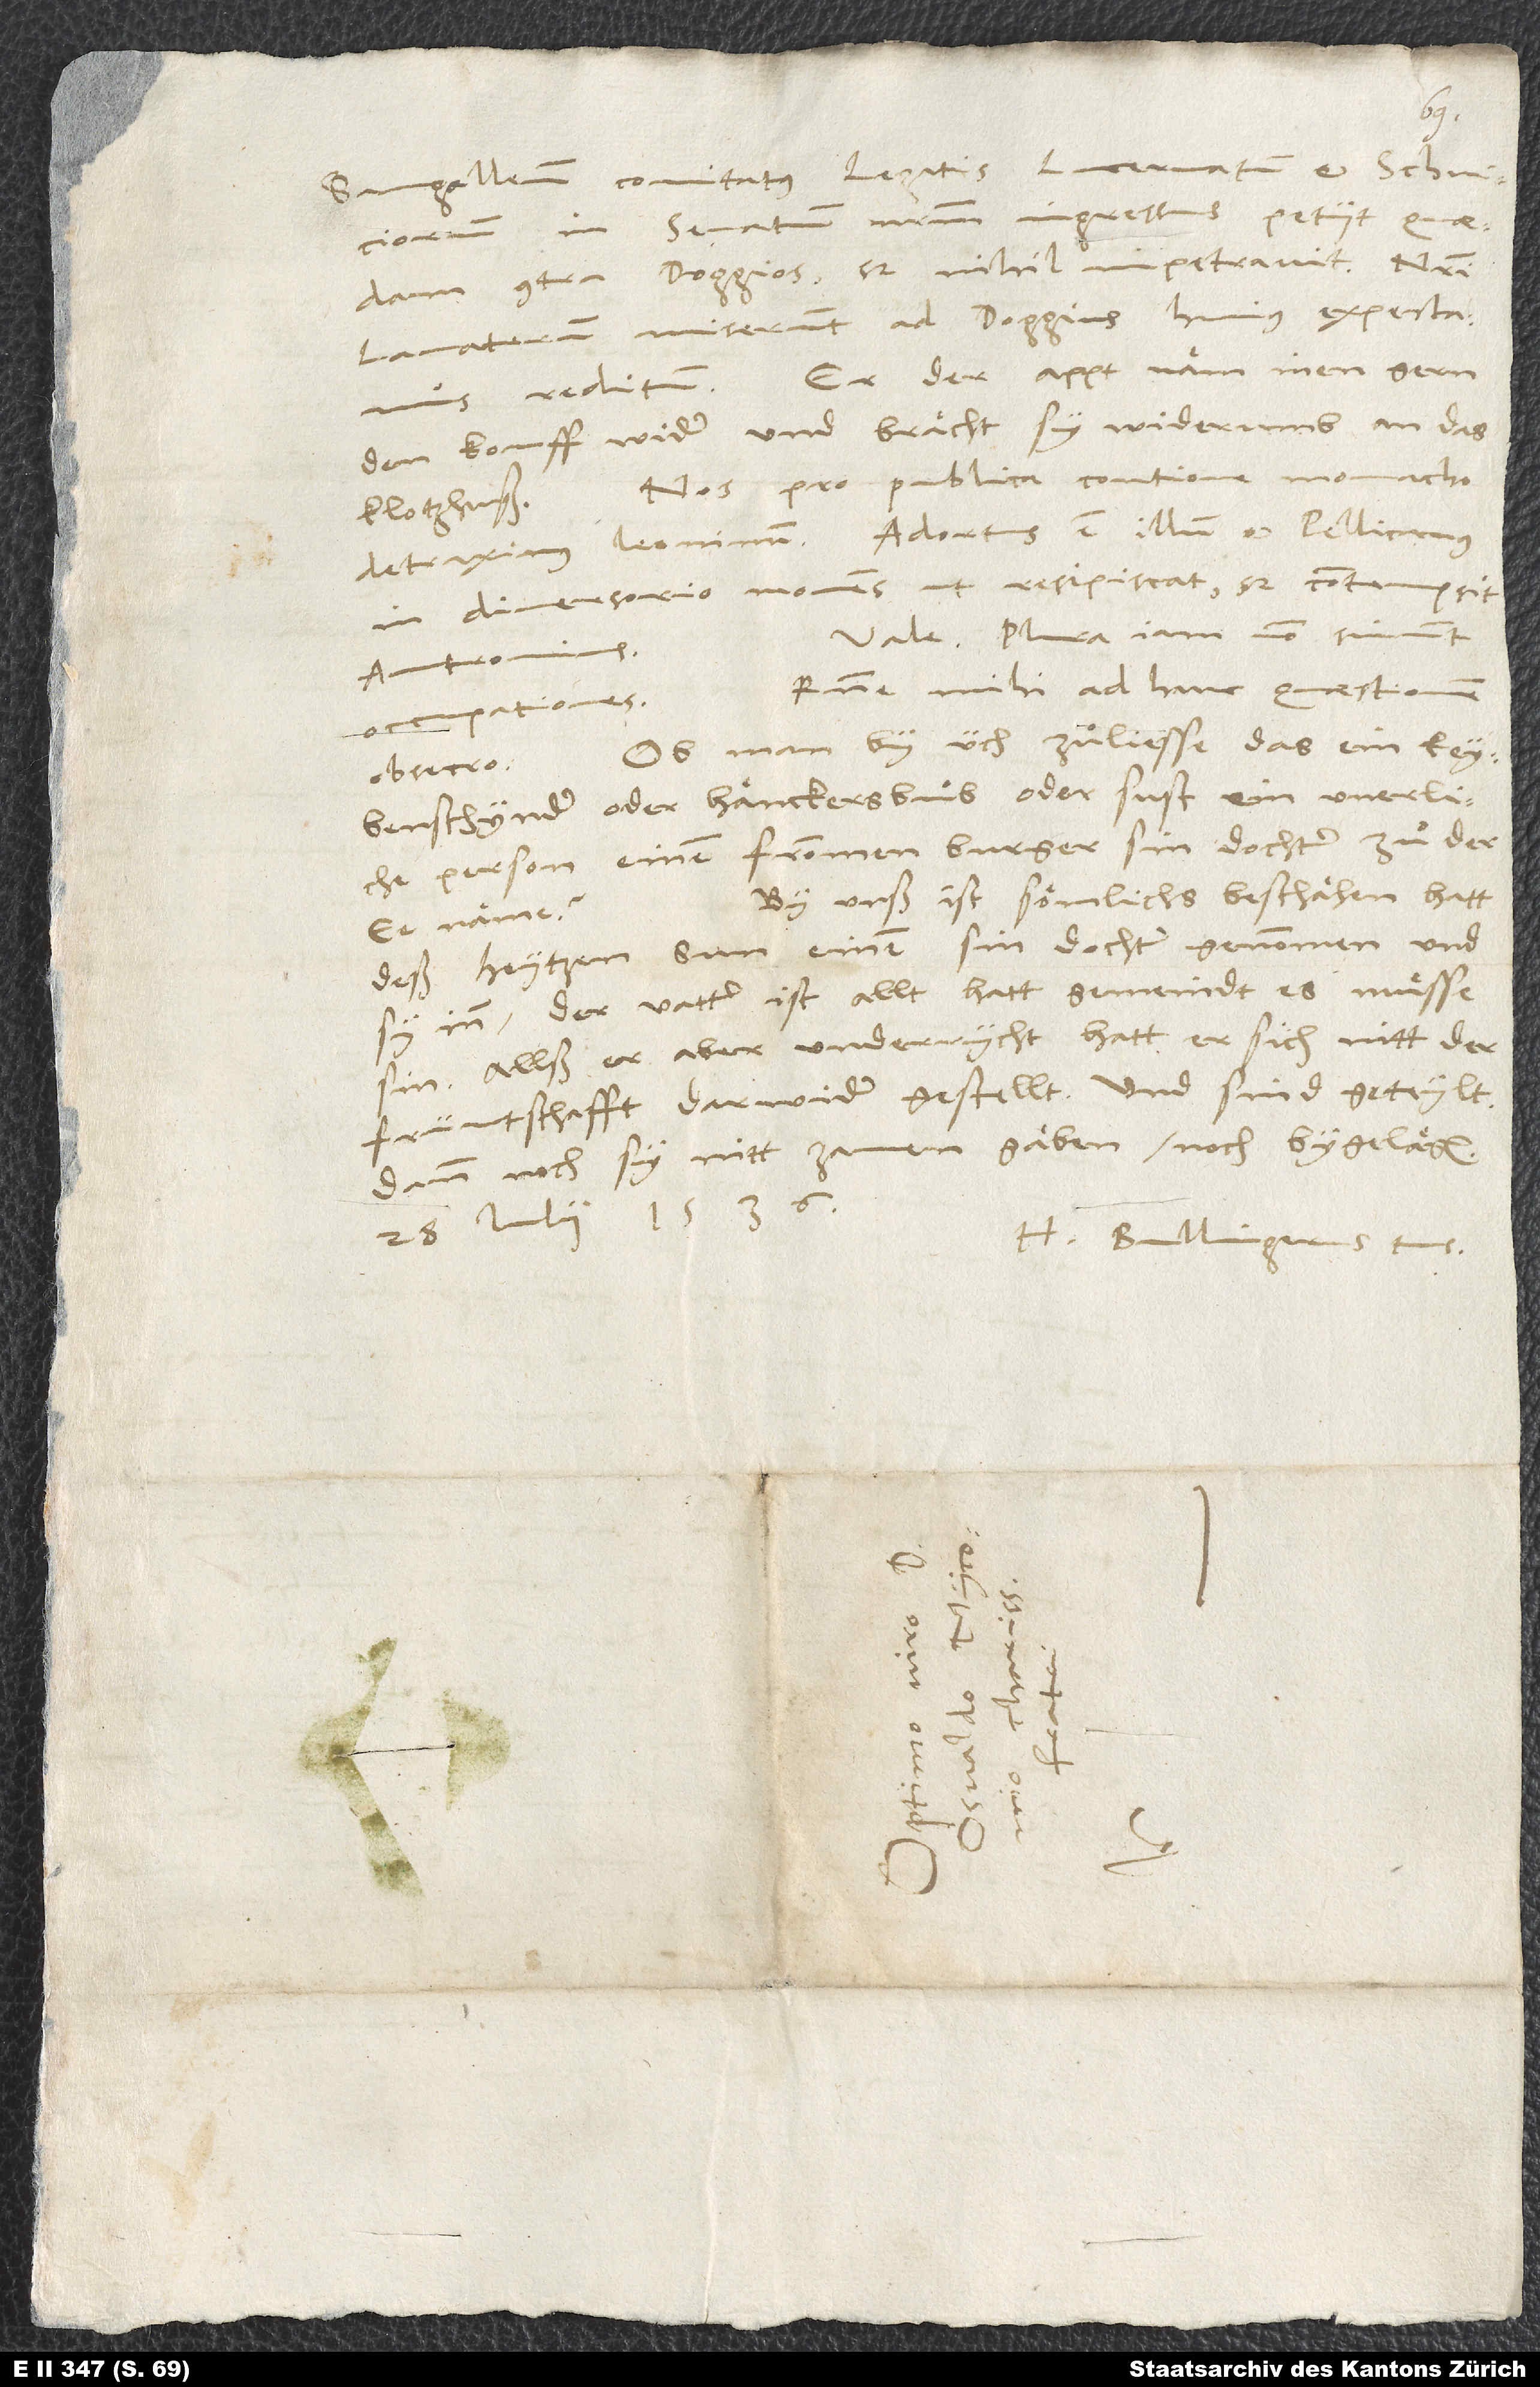
AbbasSangallensis comitatus legatis Lucernatum et Schviciorum
in senatum nostrum ingressus petiit quaedam
contra Doggios, sed nihil impetravit. Nostri
Lavaterum miserunt ad Doggios; huius expectamus
reditum. Er, der apt, näm inen gern
den kouff wider und brächt sy widerumb an das
klotzhuss. Nos pro publica contione monacho
detraximus leoninum. Adortus est illum et Pellicanus
in diversorio monens, ut resipiscat; sed contempsit
Vale. Plura iam non sinunt
Antronius.
Responde mihi ad hanc quaestionem,
occupationes.
Ob man by üch zuͦliesse, das ein
obsecro:
keybenschynder oder hänckersbuͦb oder sust ein unerliche
person einem frommen burger sin dochter zuͦ der
By unß ist sömlichs beschähen; hatt
ee näme?
deß Heytzen sun einem sin dochter genommen und
Der vatter ist allt; hatt gemeindt, es muͤsse
sin. Allß er aber underrycht, hatt er sich mitt der
früntschafft darwider gestellt, und sind geteylt.
Dann noch sy nitt zamen gäben noch bygelägen.
28. iulii 1536.
H. Bullingerus tuus.